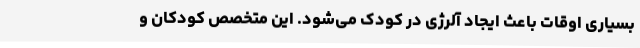
بسیاری اوقات باعث ایجاد آلرژی در کودک می‌شود. این متخصص کودکان و